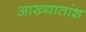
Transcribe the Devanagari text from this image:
आख्यातांश